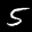
Label: 5